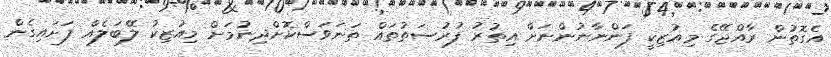
އެގޮތުން ރާއްޖޭގެ މިއުޒިކީ ފަންނާނުންނަށް އިތުރު ފުރުސަތުތައް ތަނަވަސްކޮށްދިނުމަށް މިއުޒިކު ލޭބަލެއް ފަށައިގެން